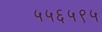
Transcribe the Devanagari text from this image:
५५६५९५